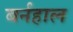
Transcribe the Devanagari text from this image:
बर्नहाल